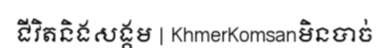
ជីវិតនិងសង្គម | KhmerKomsanមិនបាច់